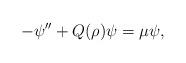
LaTeX: \begin{align*}-\psi'' + Q(\rho)\psi = \mu\psi,\end{align*}